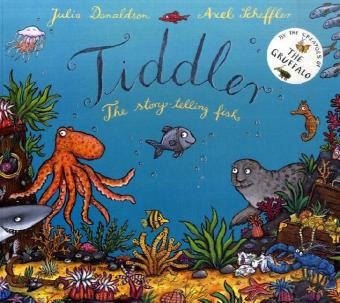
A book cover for Tiddler; Julia Donaldson; Children's Books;